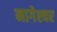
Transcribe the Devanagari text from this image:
नागेश्‍वर